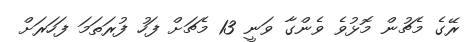
ރޭގެ މެޗުން މޮޅުވެ ވެންގާ ވަނީ 13 މެޗަށް ފަހު ފުރަތަމަ ފަހަރަށް